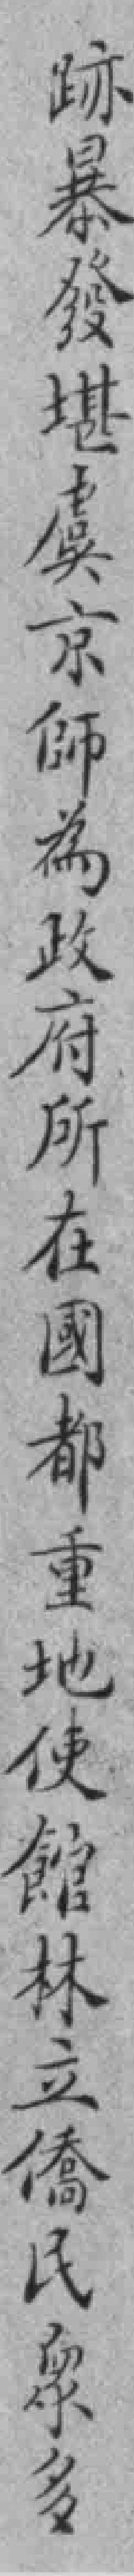
跡暴發堪虞京師為政府所在國都重地使館林立僑民衆多